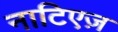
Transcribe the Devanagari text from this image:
नाटिएज़